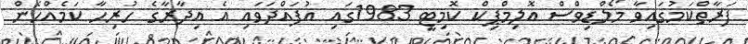
ފަރާތްކަމުގައިވާ މޯލްޑިވްސް އޮލިމްޕިކް ކޮމިޓީ 1983ގައި އުފައްދަވައި އެ އިދާރާގެ ހުރިހާ ކަމެއްހެން